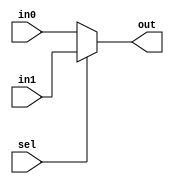
module  mux16(
in0,
in1, 
sel,
out      
);
input wire [15:0] in0;
input wire [15:0] in1;
input wire sel;

output wire [15:0] out;

assign out = (sel) ? in1 : in0;
endmodule